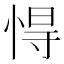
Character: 㥂